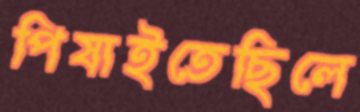
পিষাইতেছিলে